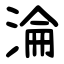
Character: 淪